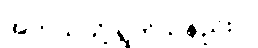
အဘယ်သို့ ရွတ်သနည်း။)